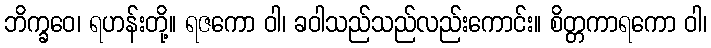
ဘိက္ခဝေ၊ ရဟန်းတို့။ ရဇကော ဝါ၊ ခဝါသည်သည်လည်းကောင်း။ စိတ္တကာရကော ဝါ၊